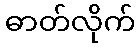
ဓာတ်လိုက်